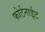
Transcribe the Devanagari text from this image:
फोर्टनाईट